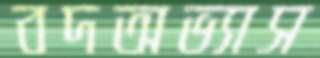
বদঅভ্যাস